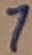
Text: 7